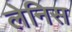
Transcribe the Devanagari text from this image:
लेनिस